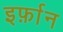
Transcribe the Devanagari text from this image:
इर्फ़ान